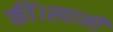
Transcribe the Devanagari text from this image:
कीं।स्वामी